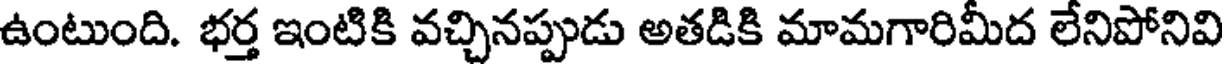
ఉంటుంది. భర్త ఇంటికి వచ్చినప్పుడు అతడికి మామగారిమీద లేనిపోనివి